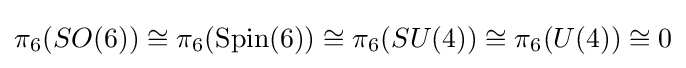
\pi _{6}(SO(6))\cong \pi _{6}(\operatorname {Spin} (6))\cong \pi _{6}(SU(4))\cong \pi _{6}(U(4))\cong 0